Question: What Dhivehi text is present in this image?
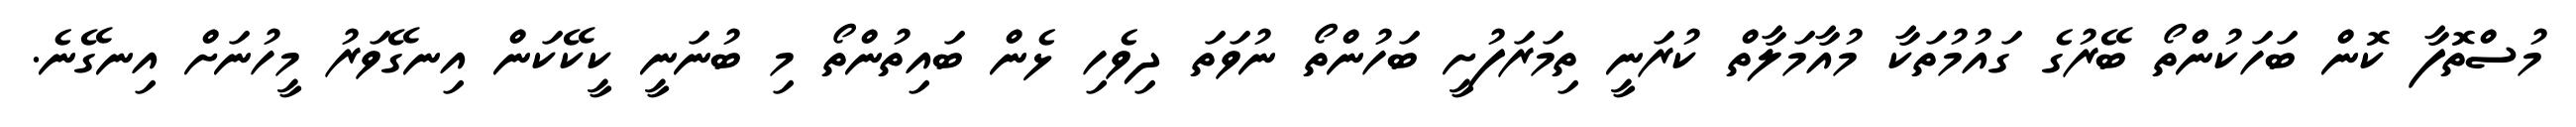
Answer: މުސްތޮފާ ކޮން ބަހަކުންތޯ ބޭރުގެ ގައުމުތަކާ މުއާމަލާތް ކުރަނީ ތިމަރަފުށީ ބަހުންތޯ ނުވަތަ ދިވެހި ޅެން ބައިތުންތޯ މި ބުނަނީ ކީކޭކަން އިނގޭވަރު މީހުނަށް އިނގޭނެ.